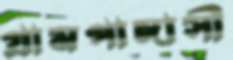
গ্রামপাঙ্গাসী